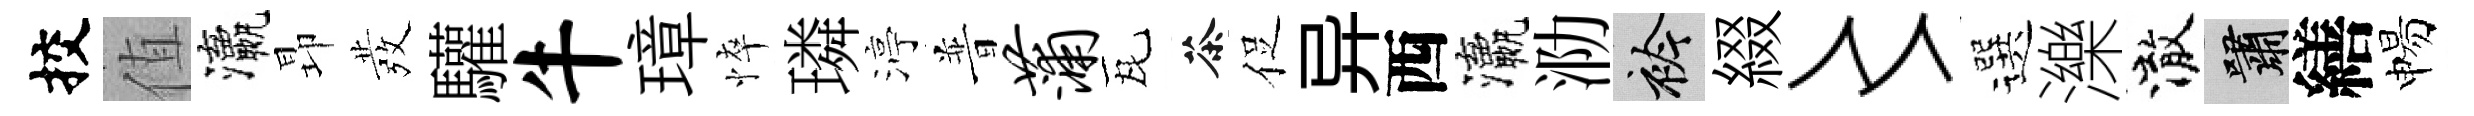
挍值瀛昻發驩牛璋悴璘渟普蒲瓦茶促异西瀛泐衿綴〻選濼澈嘯繕惕